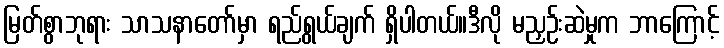
မြတ်စွာဘုရား သာသနာတော်မှာ ရည်ရွယ်ချက် ရှိပါတယ်။ဒီလို မညှဉ်းဆဲမှုက ဘာကြောင့်